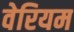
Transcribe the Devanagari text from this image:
वेरियम